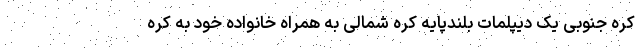
کره جنوبی یک دیپلمات بلند‌پایه کره شمالی به همراه خانواده خود به کره